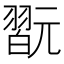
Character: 翫